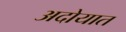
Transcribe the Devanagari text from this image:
अदोयात